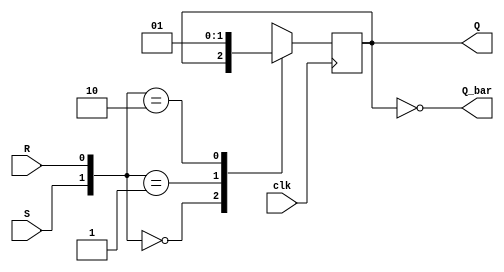
module sr_ff(clk,S,R, Q,Q_bar);
input clk,S,R;
output reg Q;
output Q_bar;

always@(posedge clk)
begin
  case({S,R})
    2'b00: Q <= Q;
	2'b01: Q <= 1'b0;
	2'b10: Q <= 1'b1;
	2'b11: Q <= 1'bx;
  endcase
end

assign Q_bar = ~Q;

endmodule